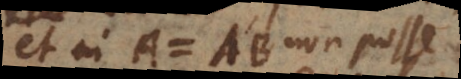
et in A = AB non posse